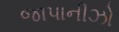
જાપાનીઝો